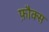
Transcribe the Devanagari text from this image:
फ़ौक्स